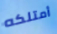
أمتلكه